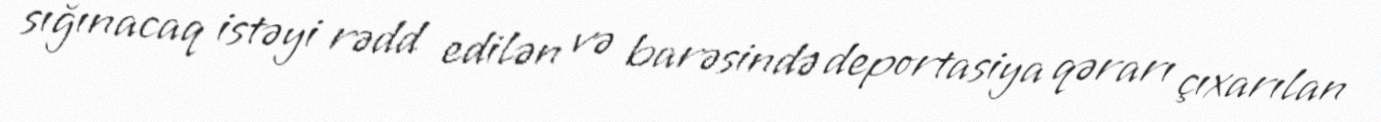
sığınacaq istəyi rədd edilən və barəsində deportasiya qərarı çıxarılan